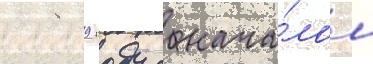
1989 году с нача́лом